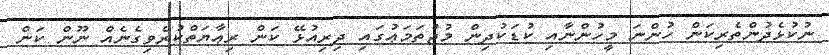
ނުކުޅެދުންތެރިކަން ހުންނަ މީހުންނާއި ކުޑަކުދިން މުޖުތަމަޢުގައި ދިރިއުޅޭ ކަން ރިޢާޔަތްކުރެވިގެނެއް ނޫން ކަން